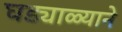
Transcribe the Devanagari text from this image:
घड्याळ्याने